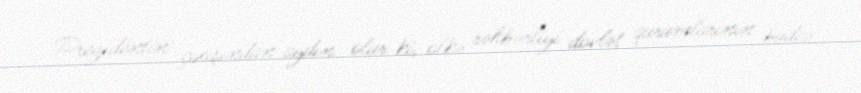
Prezidentin çıxışından aydın olur ki, ölkə rəhbərliyi dövlət qurumlarının büdcə